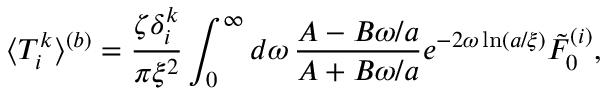
\langle T _ { i } ^ { k } \rangle ^ { ( b ) } = \frac { \zeta \delta _ { i } ^ { k } } { \pi \xi ^ { 2 } } \int _ { 0 } ^ { \infty } d \omega \, \frac { A - B \omega / a } { A + B \omega / a } e ^ { - 2 \omega \ln ( a / \xi ) } \tilde { F } _ { 0 } ^ { ( i ) } ,